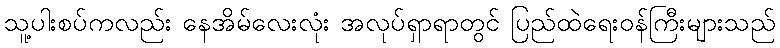
သူ့ပါးစပ်ကလည်း နေအိမ်လေးလုံး အလုပ်ရှာရာတွင် ပြည်ထဲရေးဝန်ကြီးများသည်